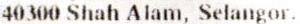
40300 SHAH ALAM, SELANGOR.